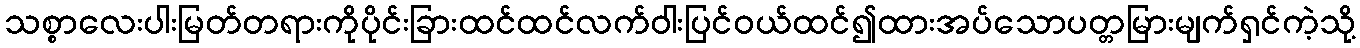
သစ္စာလေးပါးမြတ်တရားကိုပိုင်းခြားထင်ထင်လက်ဝါးပြင်ဝယ်ထင်၍ထားအပ်သောပတ္တမြားမျက်ရှင်ကဲ့သို့